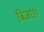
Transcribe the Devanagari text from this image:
बिजराङ